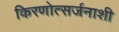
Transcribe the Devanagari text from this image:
किरणोत्सर्जनाशी